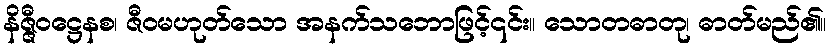
နိဇ္ဇီဝဋ္ဌေနစ၊ ဇီဝမဟုတ်သော အနက်သဘောဖြင့်၎င်း။ သောတဓာတု၊ ဓာတ်မည်၏။